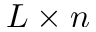
L \times n